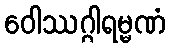
ဝေါဿဂ္ဂါရမ္မဏံ